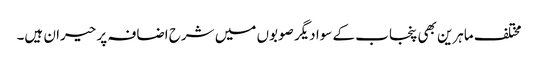
مختلف ماہرین بھی پنجاب کے سوا دیگر صوبوں میں شرح اضافہ پر حیران ہیں۔